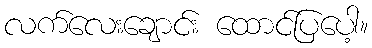
လက်လေးချောင်း ထောင်ပြပေါ့။